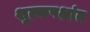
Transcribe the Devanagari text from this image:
शुल्कपक्षांत